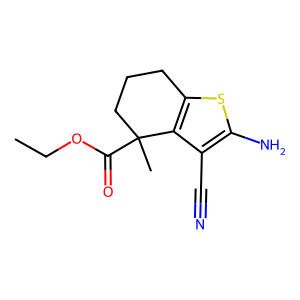
SMILES: CCOC(=O)C1(C)CCCc2sc(N)c(C#N)c21
Inhibits HIV replication: No